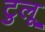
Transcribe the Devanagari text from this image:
टुलू